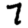
Digit: 7